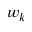
w _ { k }